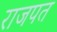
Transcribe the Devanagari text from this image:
राजपत